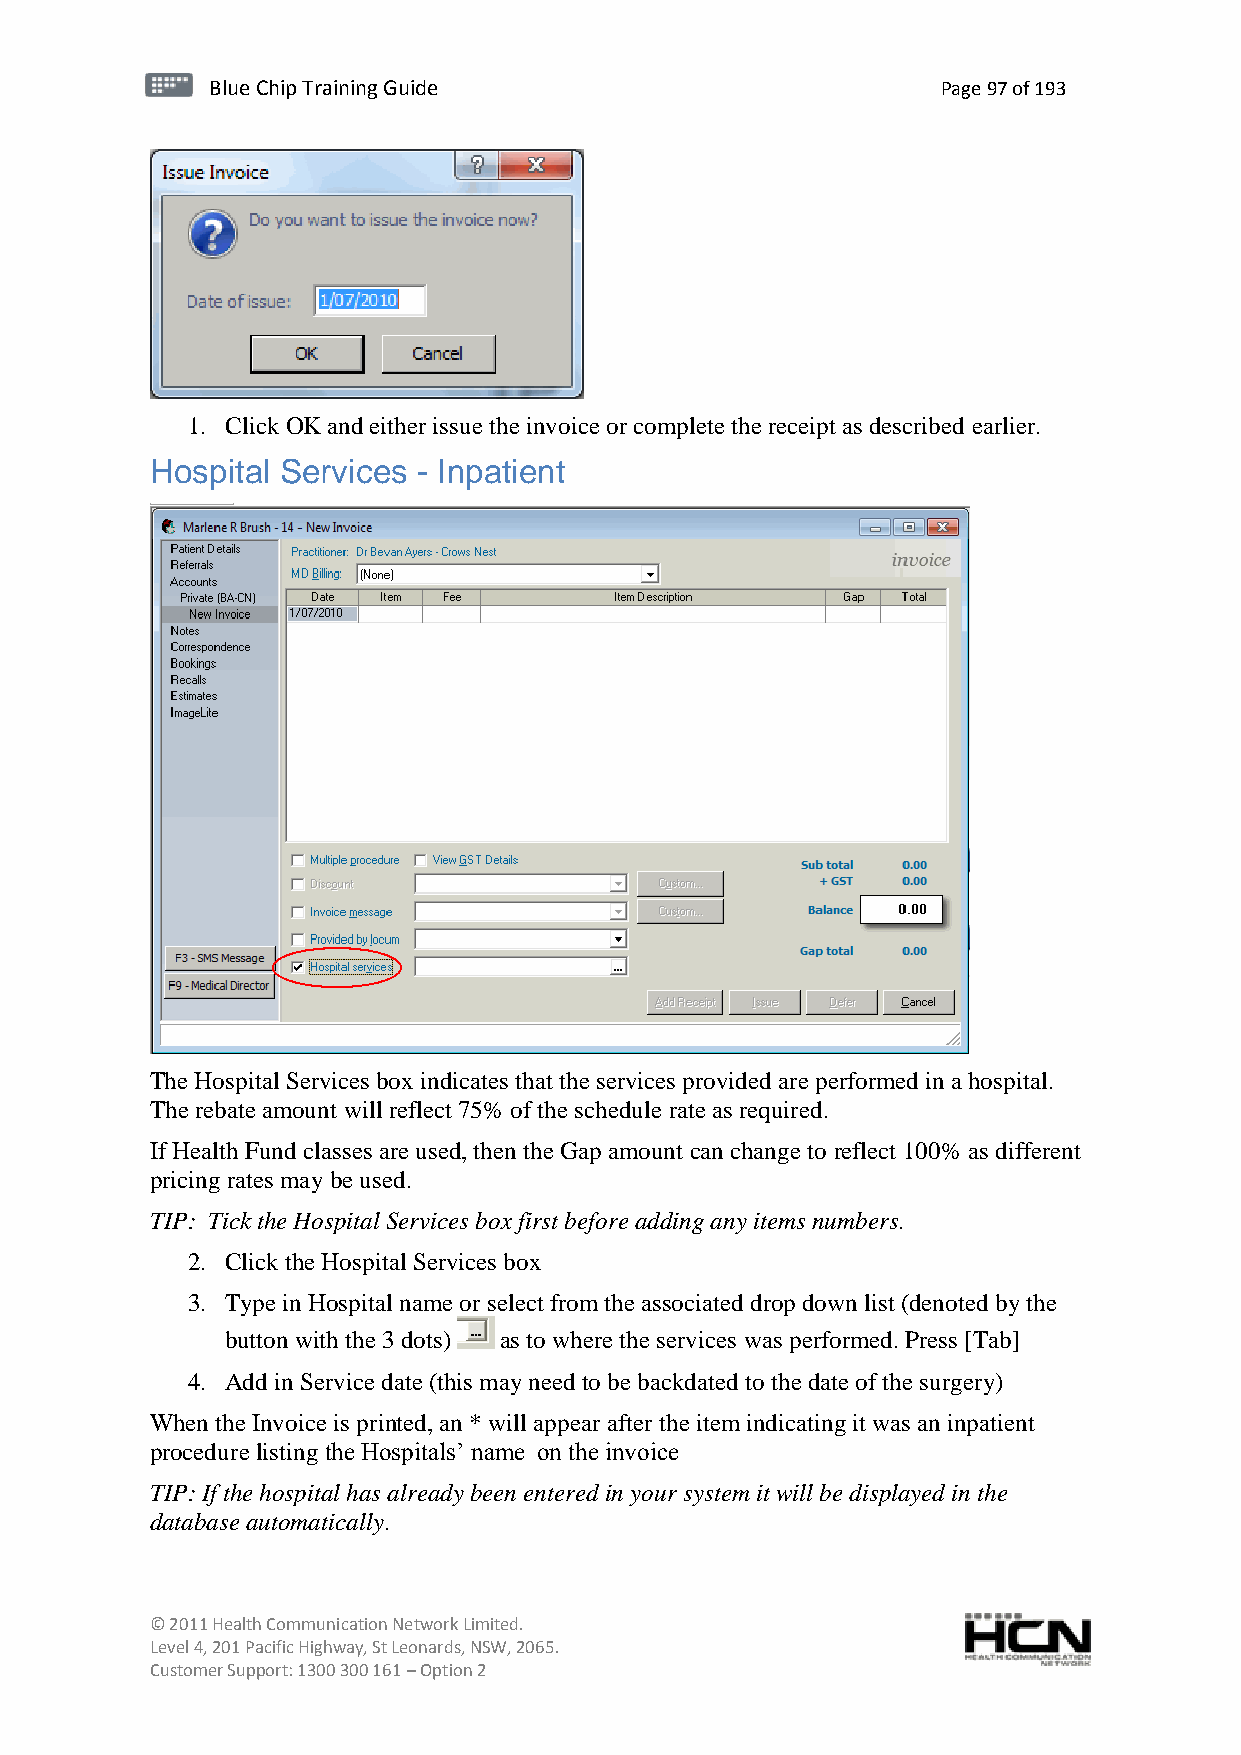
BBlluuee C Chihpi pTr Tairnainingi Gnugi dGeu ide Page 97 of 193
 1. Click OK and either issue the invoice or complete the receipt as described earlier.
 Hospital Services - Inpatient
 The Hospital Services box indicates that the services provided are performed in a hospital.
 The rebate amount will reflect 75% of the schedule rate as required.
 If Health Fund classes are used, then the Gap amount can change to reflect 100% as different
 pricing rates may be used.
 TIP: Tick the Hospital Services box first before adding any items numbers.
 2. Click the Hospital Services box
 3. Type in Hospital name or select from the associated drop down list (denoted by the
 button with the 3 dots) as to where the services was performed. Press [Tab]
 4. Add in Service date (this may need to be backdated to the date of the surgery)
 When the Invoice is printed, an * will appear after the item indicating it was an inpatient
 procedure listing the Hospitals’ name on the invoice
 TIP: If the hospital has already been entered in your system it will be displayed in the
 database automatically.
 © 2011 Health Communication Network Limited.
 Level 4, 201 Pacific Highway, St Leonards, NSW, 2065.
 Customer Support: 1300 300 161 – Option 2